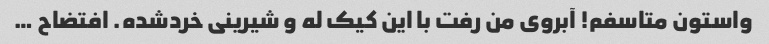
واستون متاسفم! آبروی من رفت با این کیک له و شیرینی خردشده. افتضاح …